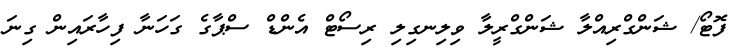
ފޮޓޯ/ ޝަންގްރިއްލާ ޝަންގްރީލާ ވިލިނގިލި ރިސޯޓް އެންޑް ސްޕާގެ ގަހަނާ ފިހާރައިން ގިނަ